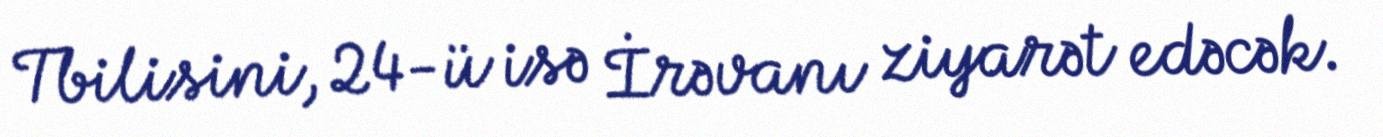
Tbilisini, 24-ü isə İrəvanı ziyarət edəcək.